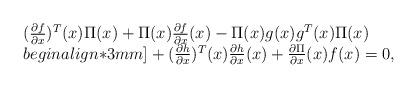
LaTeX: \begin{align*}\begin{array}{l}(\frac{\partial f}{\partial x})^T(x)\Pi(x) + \Pi(x)\frac{\partial f}{\partial x}(x) - \Pi(x)g(x)g^T(x)\Pi(x) \\begin{align*}3mm]+ (\frac{\partial h}{\partial x})^T(x)\frac{\partial h}{\partial x}(x) + \frac{\partial \Pi}{\partial x}(x)f(x)=0,\end{array}\end{align*}